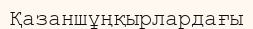
Қазаншұңқырлардағы